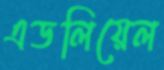
এডলিয়েল